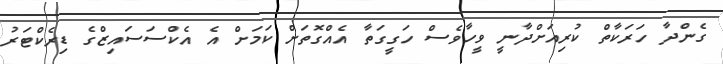
ގެންދާ ހަރަކާތް ކުރިއަށްދާނީ ވީހާވެސް ހަގީގަތާ އެއްގޮތަށް ކަމަށް އެ އެކްސަސައިޒްގެ ޑިރެކްޓަރު